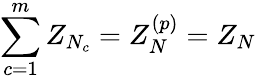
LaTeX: \sum_{c=1}^{m}Z_{N_{c}}=Z_{N}^{(p)}=Z_{N}